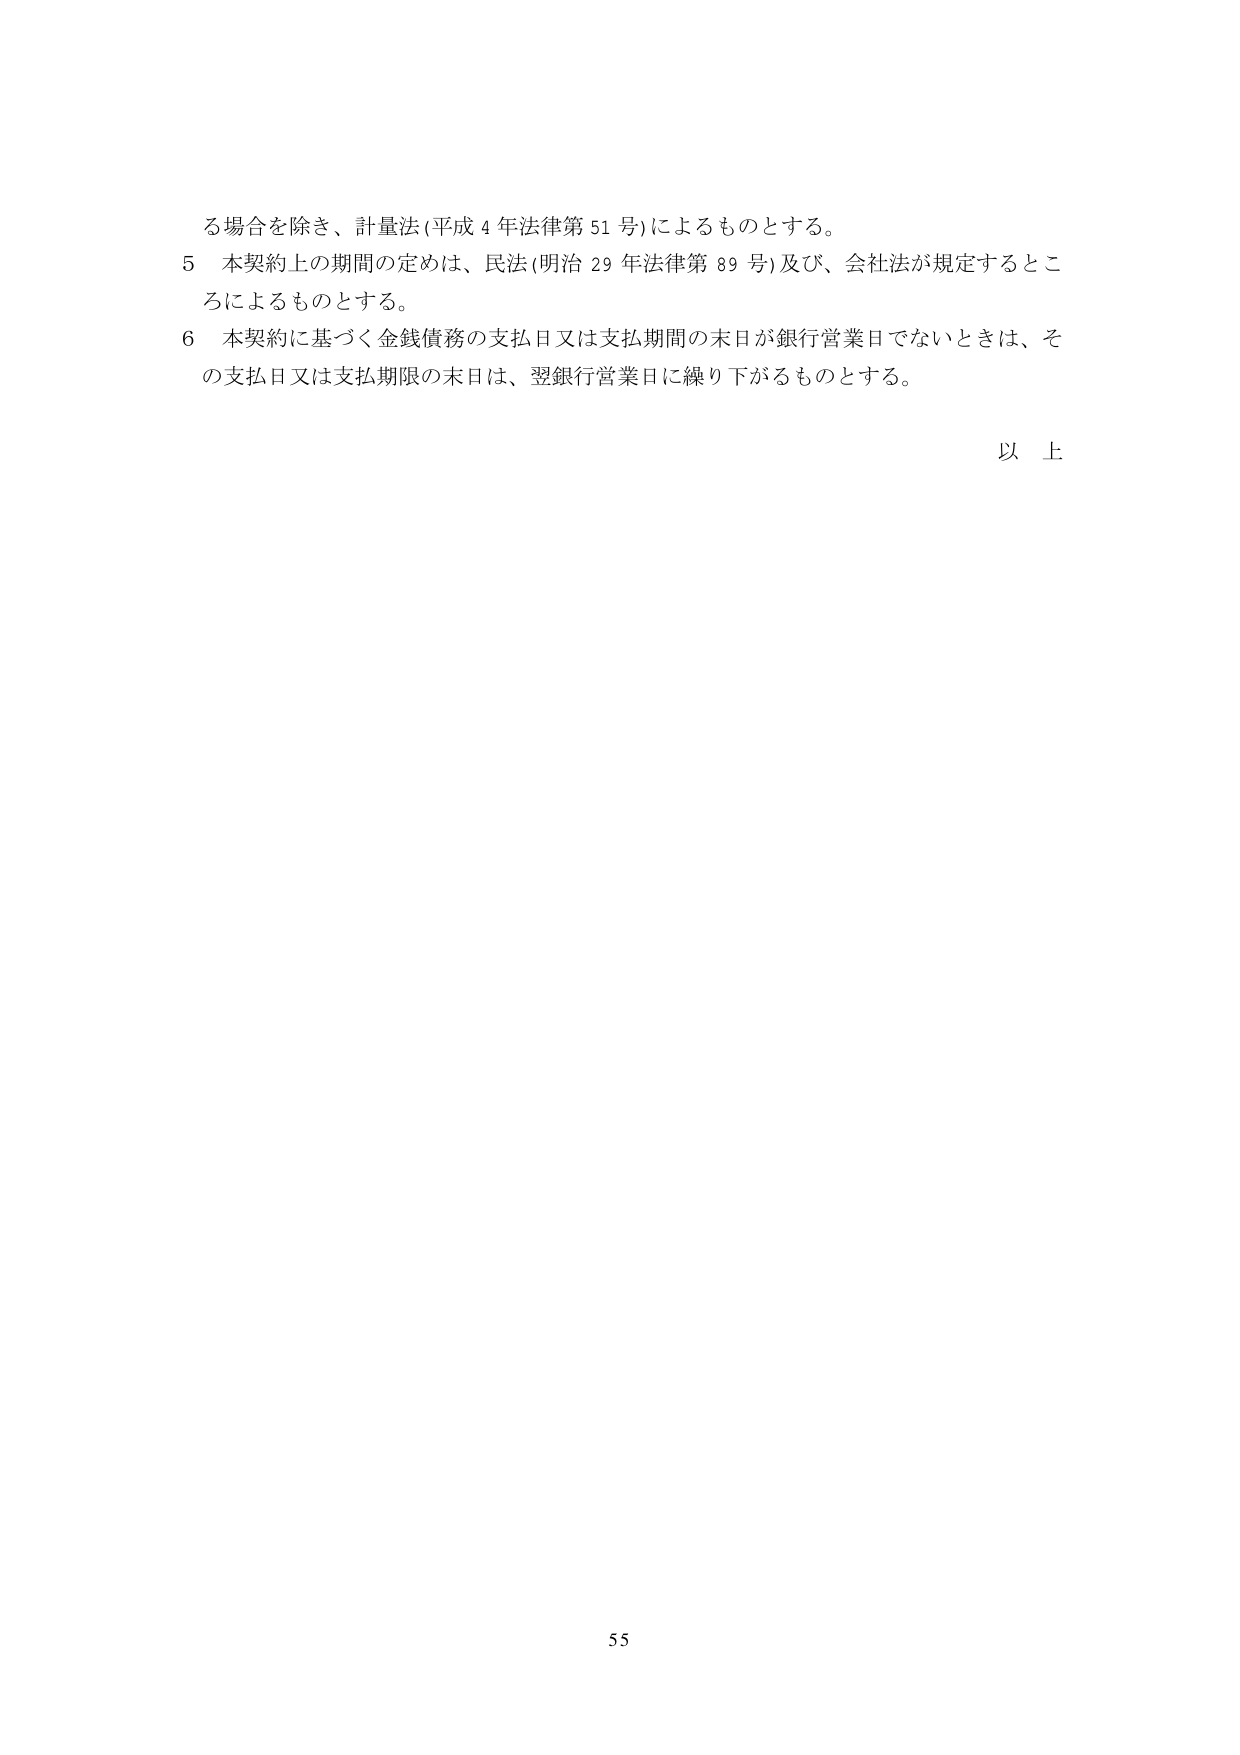
る場合を除き、計量法（平成４年法律第５１号）によるものとする。

５ 本契約上の期間の定めは、民法（明治２９年法律第８９号）及び、会社法が規定するところによるものとする。

６ 本契約に基づく金銭債務の支払日又は支払期間の末日が銀行営業日でないときは、その支払日又は支払期限の末日は、翌銀行営業日に繰り下がるものとする。

以上

55